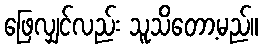
ဖြေလျှင်လည်း သူသိတော့မည်။